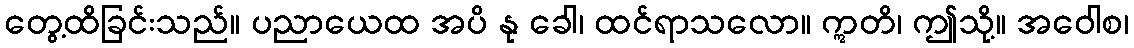
တွေ့ထိခြင်းသည်။ ပညာယေထ အပိ နု ခေါ၊ ထင်ရာသလော။ ဣတိ၊ ဤသို့။ အဝေါစ၊